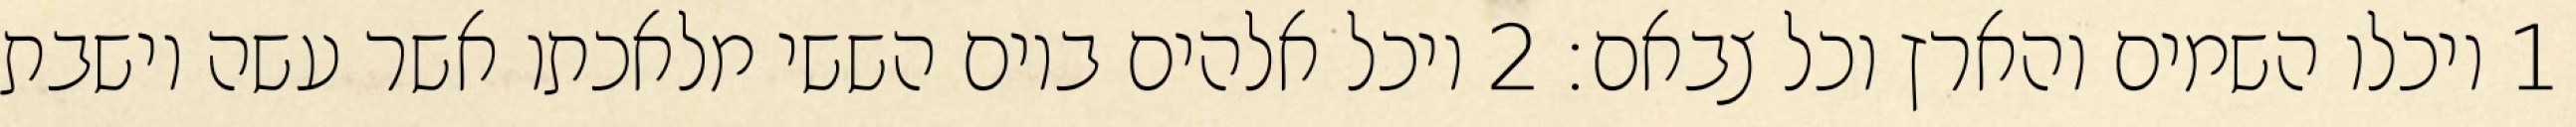
1 ויכלו השמים והארץ וכל צבאם׃ ‎2‏ ויכל אלהים ביום הששי מלאכתו אשר עשה וישבת